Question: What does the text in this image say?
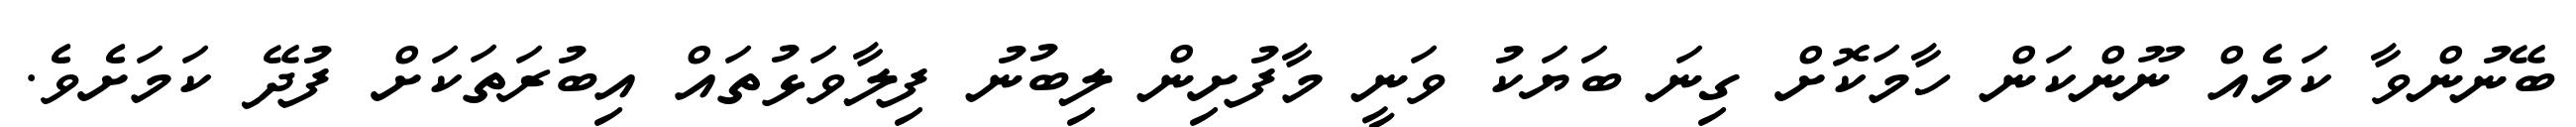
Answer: ބޭނުންވާ ކަމެއް ނޫންކަން ހާމަކޮށް ގިނަ ބަޔަކު ވަނީ މާފުށިން ލިބުނު ފިލާވަޅުތައް އިބުރަތަކަށް ފުދޭ ކަމަށެވެ.